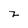
Character: z